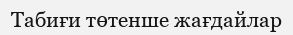
Табиғи төтенше жағдайлар